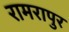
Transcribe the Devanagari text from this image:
रामरापुर